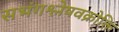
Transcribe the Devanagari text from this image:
सभंगश्लेषवक्रोक्ति